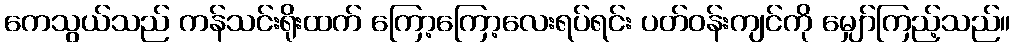
ကေသွယ်သည် ကန်သင်းရိုးထက် ကြော့ကြော့လေးရပ်ရင်း ပတ်ဝန်းကျင်ကို မျှော်ကြည့်သည်။